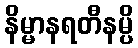
နိမ္မာနရတီနမ္ပိ